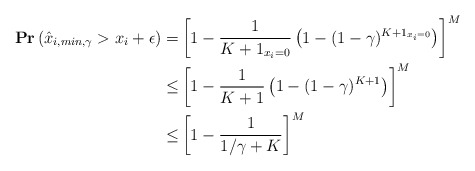
\begin{align*}\mathbf{Pr}\left(\hat{x}_{i,min,\gamma}> x_i + \epsilon\right)=&\left[1-\frac{1}{K+1_{x_i=0}}\left(1-(1-\gamma)^{K+1_{x_i=0}}\right)\right]^M\\\leq&\left[1-\frac{1}{K+1}\left(1-(1-\gamma)^{K+1}\right)\right]^M\\\leq&\left[1-\frac{1}{1/\gamma + K}\right]^M\end{align*}